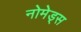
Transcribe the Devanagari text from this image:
नोमेड्स